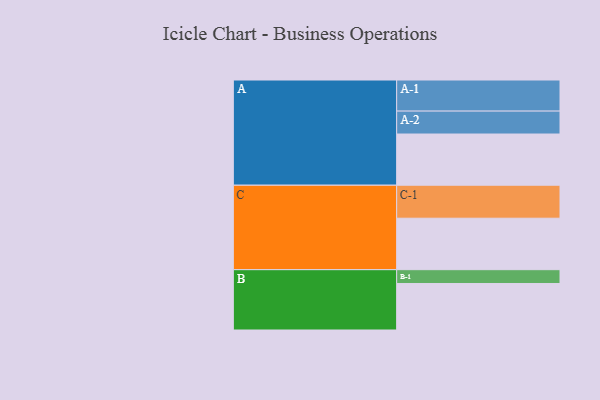
{"axis": {"x": "Segment", "y": "Value"}, "legend": ["", "A", "B", "C"], "data": [{"x": "A", "y": 382, "type": ""}, {"x": "B", "y": 347, "type": ""}, {"x": "C", "y": 384, "type": ""}, {"x": "A-1", "y": 232, "type": "A"}, {"x": "A-2", "y": 171, "type": "A"}, {"x": "B-1", "y": 103, "type": "B"}, {"x": "C-1", "y": 246, "type": "C"}]}